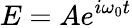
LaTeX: E=Ae^{i\omega_{0}{t}}